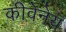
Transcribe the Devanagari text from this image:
कीवेनेय